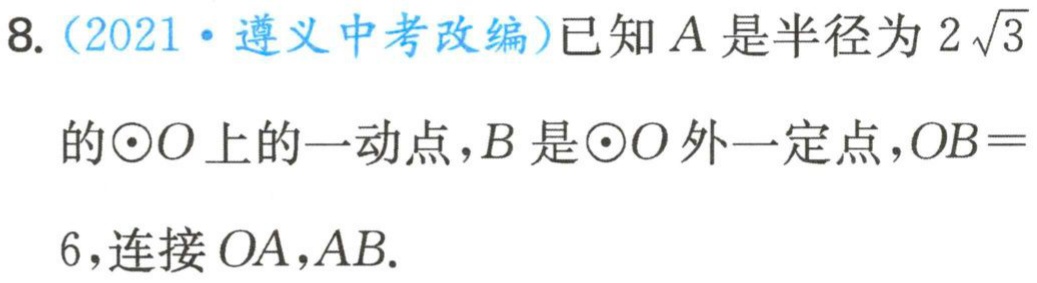
8.（2021·遵义中考改编）已知\(A\)是半径为\(2\sqrt{3}\)的\(\odot O\)上的一动点，\(B\)是\(\odot O\)外一定点，\(OB = 6\)，连接\(OA\)，\(AB\).